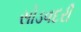
સોડવદરી